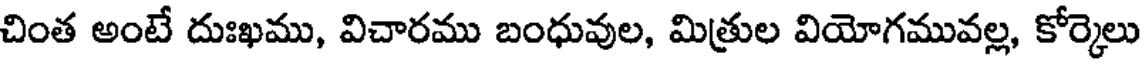
చింత అంటే దుఃఖము, విచారము బంధువుల, మిత్రుల వియోగమువల్ల, కోర్కెలు